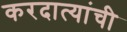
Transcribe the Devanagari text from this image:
करदात्यांची